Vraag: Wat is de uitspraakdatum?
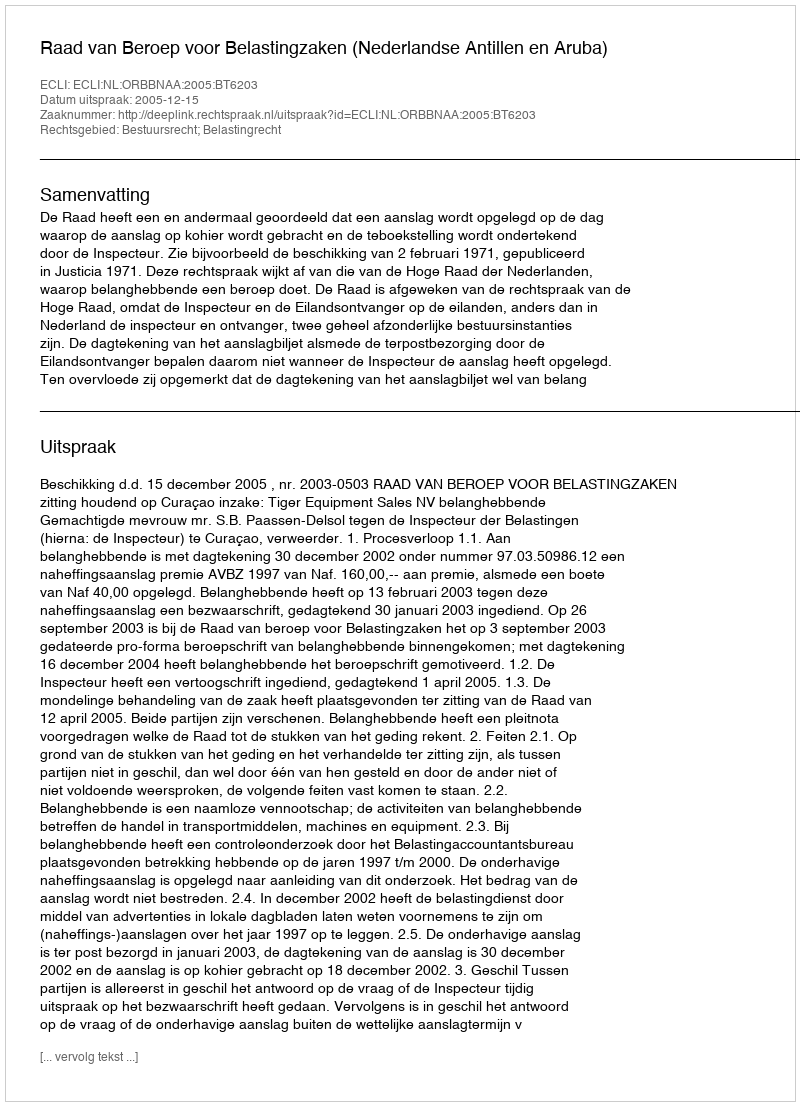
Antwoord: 2005-12-15